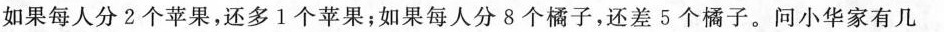
如果每人分2个苹果，还多1个苹果；如果每人分8个橘子，还差5个橘子。问小华家有几